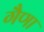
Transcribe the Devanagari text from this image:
गैणा